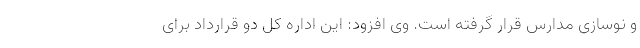
و نوسازی مدارس قرار گرفته است. وی افزود: این اداره کل دو قرارداد برای